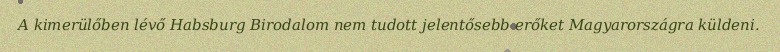
A kimerülőben lévő Habsburg Birodalom nem tudott jelentősebb erőket Magyarországra küldeni.